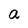
Character: a